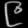
Digit: ၉